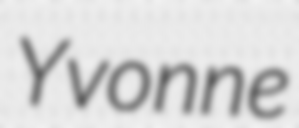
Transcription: Yvonne